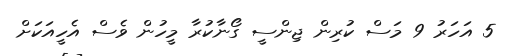
5 އަހަރު 9 މަސް ކުރިން ޖިންސީ ގޯނާކުރާ މީހުން ވެސް އެހީއަކަށް